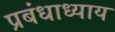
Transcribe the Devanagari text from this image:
प्रबंधाध्याय